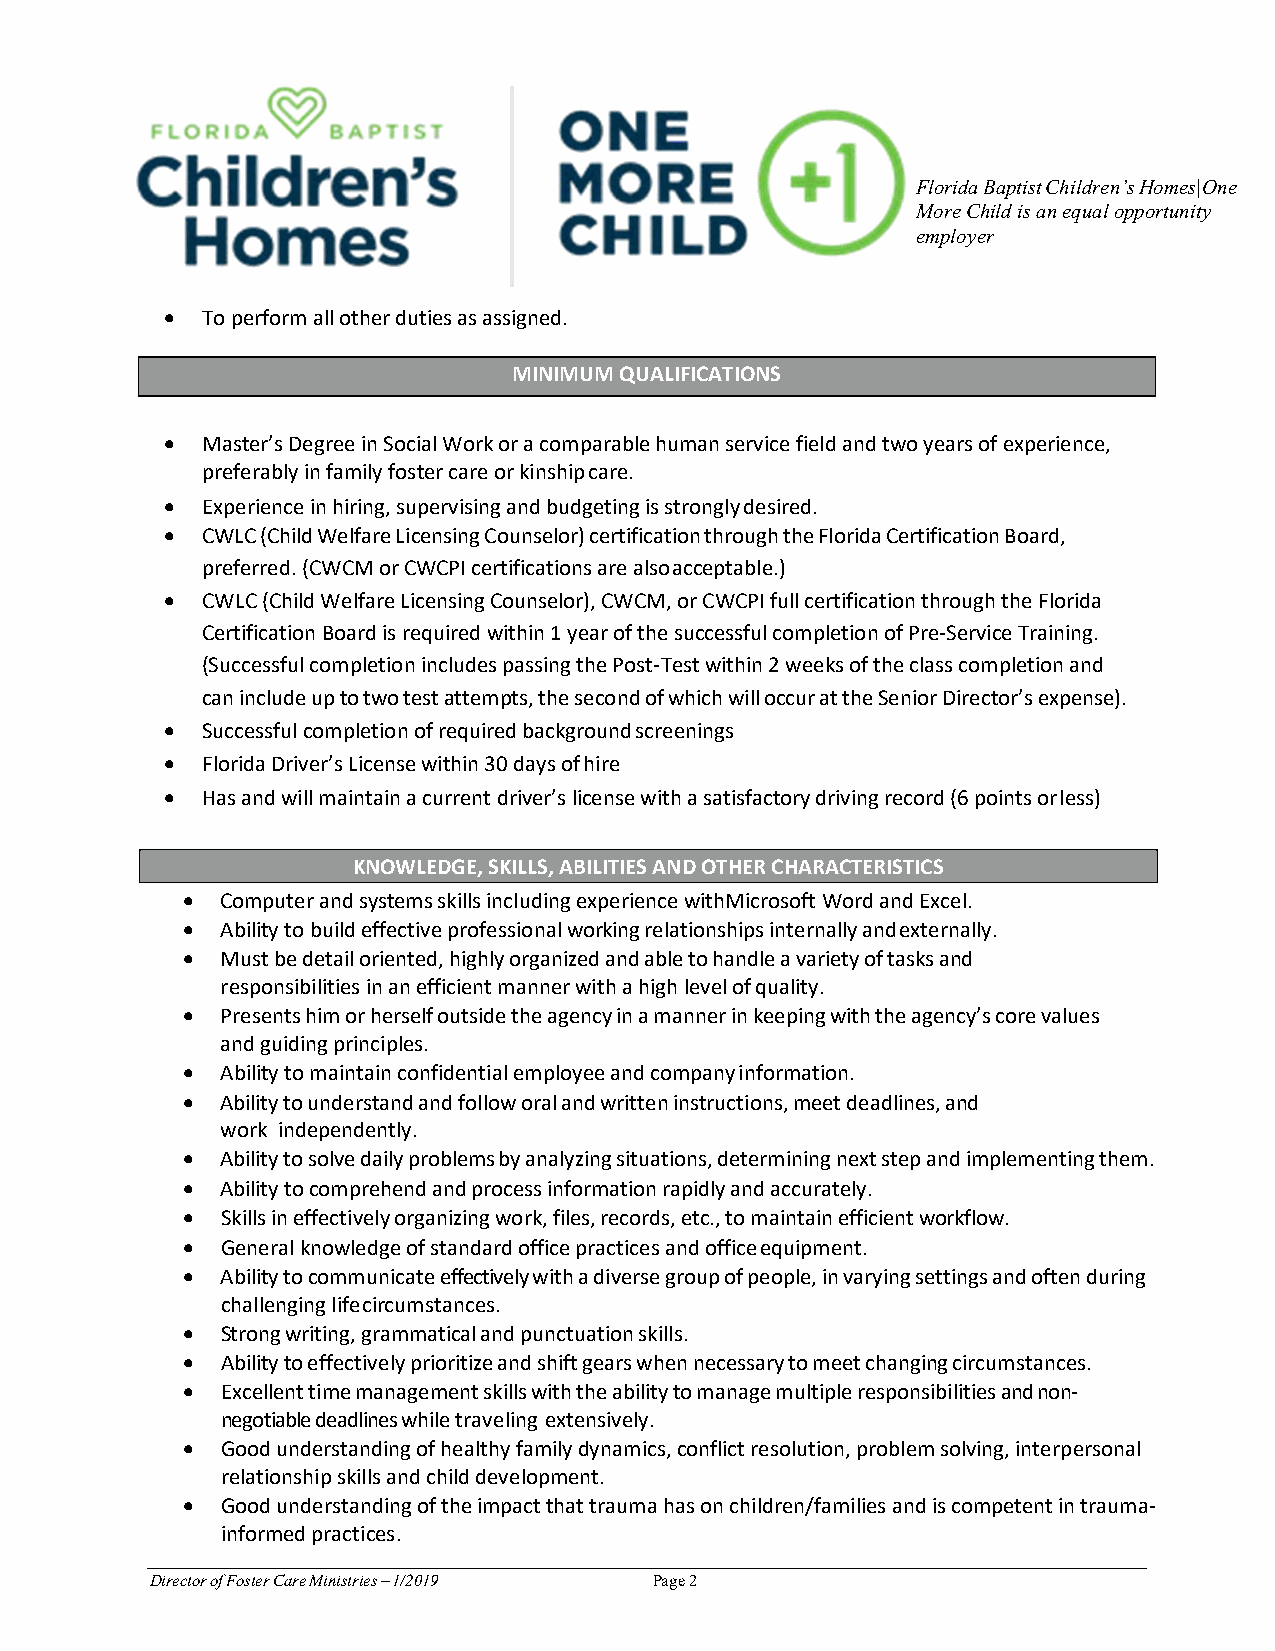
Florida Baptist Children’s Homes|One
 More Child is an equal opportunity
 employer
  To perform all other duties as assigned.
 MINIMUM QUALIFICATIONS
  Master’s Degree in Social Work or a comparable human service field and two years of experience,
 preferably in family foster care or kinship care.
  Experience in hiring, supervising and budgeting is strongly desired.
  CWLC (Child Welfare Licensing Counselor) certification through the Florida Certification Board,
 preferred. (CWCM or CWCPI certifications are also acceptable.)
  CWLC (Child Welfare Licensing Counselor), CWCM, or CWCPI full certification through the Florida
 Certification Board is required within 1 year of the successful completion of Pre-Service Training.
 (Successful completion includes passing the Post-Test within 2 weeks of the class completion and
 can include up to two test attempts, the second of which will occur at the Senior Director’s expense).
  Successful completion of required background screenings
  Florida Driver’s License within 30 days of hire
  Has and will maintain a current driver’s license with a satisfactory driving record (6 points or less)
 KNOWLEDGE, SKILLS, ABILITIES AND OTHER CHARACTERISTICS
   Computer and systems skills including experience with Microsoft Word and Excel.
   Ability to build effective professional working relationships internally and externally.
   Must be detail oriented, highly organized and able to handle a variety of tasks and
 responsibilities in an efficient manner with a high level of quality.
   Presents him or herself outside the agency in a manner in keeping with the agency’s core values
 and guiding principles.
   Ability to maintain confidential employee and company information.
   Ability to understand and follow oral and written instructions, meet deadlines, and
 work independently.
   Ability to solve daily problems by analyzing situations, determining next step and implementing them.
   Ability to comprehend and process information rapidly and accurately.
   Skills in effectively organizing work, files, records, etc., to maintain efficient workflow.
   General knowledge of standard office practices and office equipment.
   Ability to communicate effectively with a diverse group of people, in varying settings and often during
 challenging life circumstances.
   Strong writing, grammatical and punctuation skills.
   Ability to effectively prioritize and shift gears when necessary to meet changing circumstances.
   Excellent time management skills with the ability to manage multiple responsibilities and non-
 negotiable deadlines while traveling extensively.
   Good understanding of healthy family dynamics, conflict resolution, problem solving, interpersonal
 relationship skills and child development.
   Good understanding of the impact that trauma has on children/families and is competent in trauma-
 informed practices.
 Director of Foster Care Ministries – 1/2019 Page 2